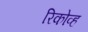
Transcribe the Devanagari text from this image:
रिकोव्ह